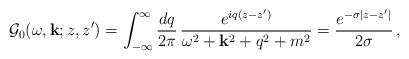
LaTeX: \begin{align*}{\cal G}_0(\omega,{\bf k};z,z')=\int_{-\infty}^{\infty}\frac{dq}{2\pi}\,\frac{e^{iq(z-z')}}{\omega^2+{\bf k}^2+q^2+m^2}=\frac{e^{-\sigma|z-z'|}}{2\sigma}\,,\end{align*}